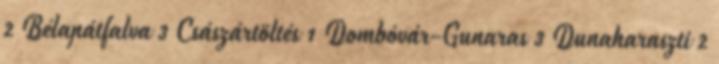
2 Bélapátfalva 3 Császártöltés 1 Dombóvár-Gunaras 3 Dunaharaszti 2